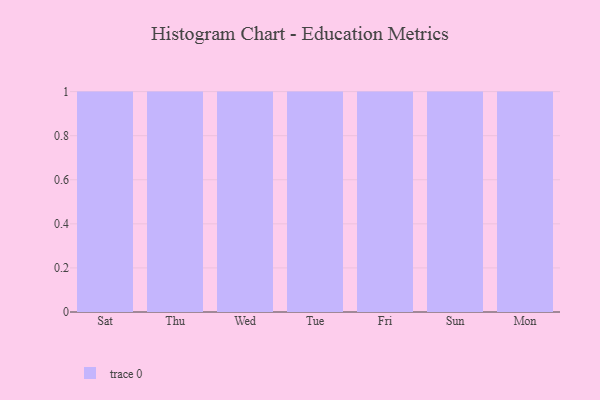
{"axis": {"x": "Day", "y": "Net Income (USD K)"}, "legend": [""], "data": [{"x": "Sat", "y": 56, "type": ""}, {"x": "Thu", "y": 6, "type": ""}, {"x": "Wed", "y": 21, "type": ""}, {"x": "Tue", "y": 17, "type": ""}, {"x": "Fri", "y": 6, "type": ""}, {"x": "Sun", "y": 37, "type": ""}, {"x": "Mon", "y": 15, "type": ""}]}